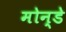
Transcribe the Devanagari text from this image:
मोन्डे